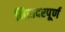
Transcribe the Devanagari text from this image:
निरादरपूर्ण